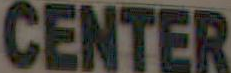
CENTER